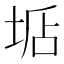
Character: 𡌐